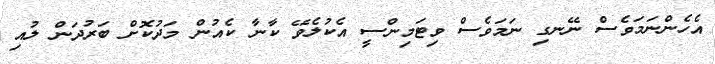
އެހެންނަމަވެސް ނޭނގި ނަމަވެސް ވިޓަމިންސީ އެކުލެވޭ ކާނާ ކެއުން މަދުކޮށް ބަރުދަން ލުއި